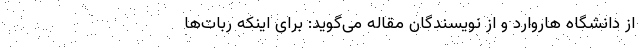
از دانشگاه هاروارد و از نویسندگان مقاله می‌گوید: برای اینکه ربات‌ها